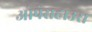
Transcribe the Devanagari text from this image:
ओपेराहाउस